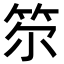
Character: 𥬞